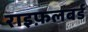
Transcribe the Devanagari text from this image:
राइफ़लबर्ड